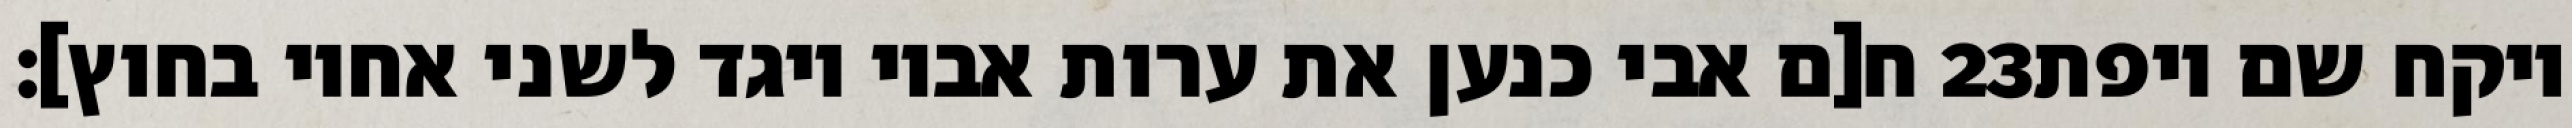
ח[ם אבי כנען את ערות אביו ויגד לשני אחיו בחוץ]׃ ‎23‏ ויקח שם ויפת